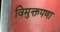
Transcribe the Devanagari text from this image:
विमुक्तपणा